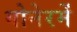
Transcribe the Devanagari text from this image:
गोनेरमें